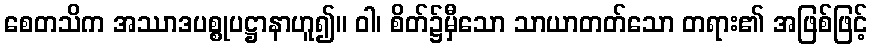
စေတသိက အဿာဒပစ္စုပဋ္ဌာနာဟူ၍။ ဝါ၊ စိတ်၌မှီသော သာယာတတ်သော တရား၏ အဖြစ်ဖြင့်